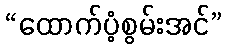
“ထောက်ပံ့စွမ်းအင်”